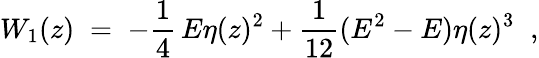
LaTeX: W_{1}(z)\; =\; -\frac{1}{4}\, E\eta(z)^{2}+\frac{1}{12}(E^{2}-E)\eta(z)^{3}\; \; ,